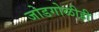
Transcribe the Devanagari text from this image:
जोडगोळीही